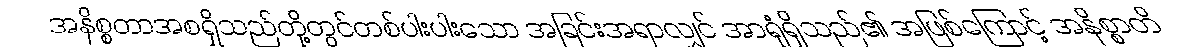
အနိစ္စတာအစရှိသည်တို့တွင်တစ်ပါးပါးသော အခြင်းအရာလျှင် အာရုံရှိသည်၏ အဖြစ်ကြောင့် အနိစ္စာတိ